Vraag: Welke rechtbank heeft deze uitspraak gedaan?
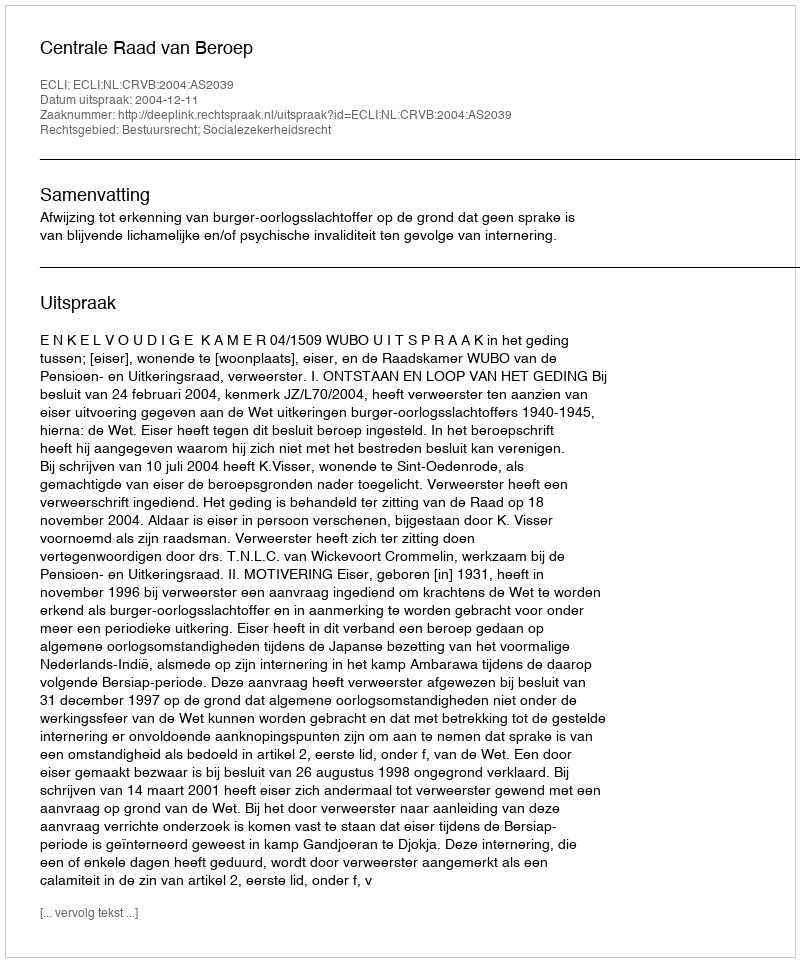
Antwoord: Centrale Raad van Beroep